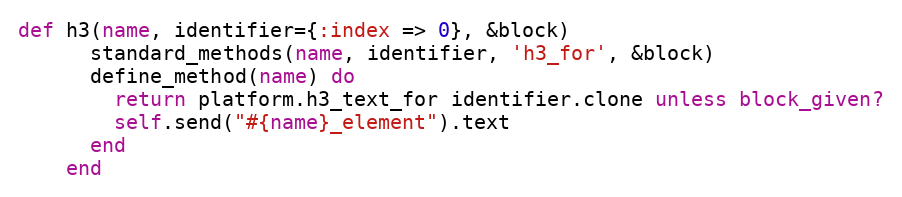
Language: Ruby
def h3(name, identifier={:index => 0}, &block)
      standard_methods(name, identifier, 'h3_for', &block)
      define_method(name) do
        return platform.h3_text_for identifier.clone unless block_given?
        self.send("#{name}_element").text
      end
    end